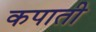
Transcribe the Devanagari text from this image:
कपाती